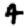
Digit: 4